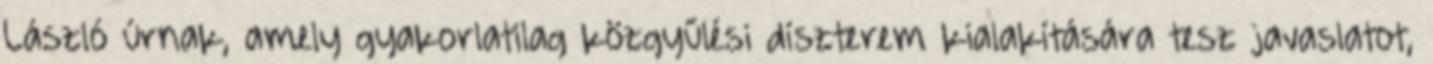
László úrnak, amely gyakorlatilag közgyűlési díszterem kialakítására tesz javaslatot,